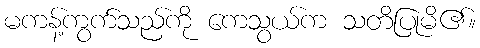
မကန့်ကွက်သည်ကို ကေသွယ်က သတိပြုမိ၏။